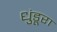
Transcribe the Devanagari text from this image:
धुंडूरा